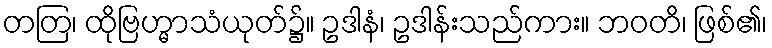
တတြ၊ ထိုဗြဟ္မာသံယုတ်၌။ ဥဒါနံ၊ ဥဒါန်းသည်ကား။ ဘဝတိ၊ ဖြစ်၏၊